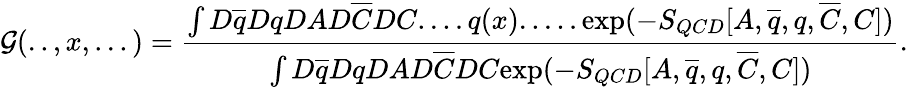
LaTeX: {\cal G}(..,x,...)=\frac{\int{D}\overline{{{q}}}{D}q{DA}{D}\overline{{{C}}}{D}C....q(x).....\mathrm{exp}(-S_{QCD}[A,\overline{{{q}}},q,\overline{{{C}}},C])}{\int{D}\overline{{{q}}}{D}q{DA}{D}\overline{{{C}}}{D}C\mathrm{exp}(-S_{QCD}[A,\overline{{{q}}},q,\overline{{{C}}},C])}.